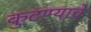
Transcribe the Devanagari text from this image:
कुटण्याचे